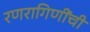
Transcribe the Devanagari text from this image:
रणरागिणींची